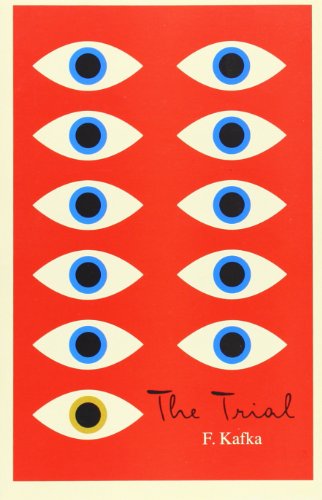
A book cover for The Trial: A New Translation Based on the Restored Text (The Schocken Kafka Library); Franz Kafka; Literature & Fiction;